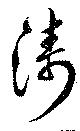
濤